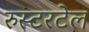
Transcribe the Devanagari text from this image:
रुस्टरटेल